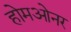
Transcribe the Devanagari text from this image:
होमओनर